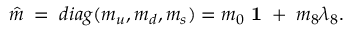
\hat { m } \; = \; d i a g ( m _ { u } , m _ { d } , m _ { s } ) = m _ { 0 } { \mathrm { \bf ~ 1 } } \; + \; m _ { 8 } \lambda _ { 8 } .